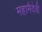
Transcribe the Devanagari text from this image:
महामैदेवी